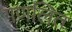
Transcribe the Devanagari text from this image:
गणलित